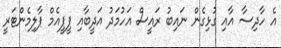
އެ ހާދިސާ އާއި ގުޅިގެން ނައިބު ރައީސް އަހުމަދު އަދީބާއި ޕީޕީއެމް ޕާލިމެންޓަރީ